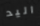
اليد